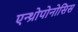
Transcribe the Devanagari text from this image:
एन्थ्रोपोनोसिस